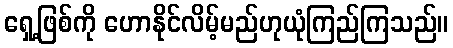
ရှေ့ဖြစ်ကို ဟောနိုင်လိမ့်မည်ဟုယုံကြည်ကြသည်။